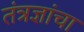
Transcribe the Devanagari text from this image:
तंत्रज्ञांचा